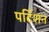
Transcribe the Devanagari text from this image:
पर्टिशन